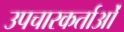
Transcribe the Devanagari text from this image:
उपचारकर्ताओं